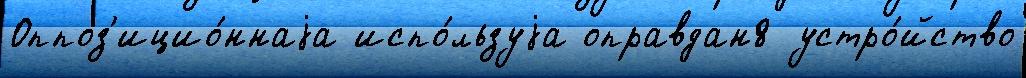
Оппоз'ицио́ннаjа испо́льзуjа оправдан8 устро́йство